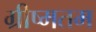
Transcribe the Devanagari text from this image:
ग्रीष्मतम